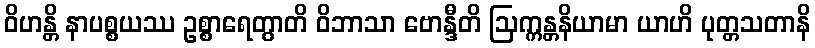
ဝိဟန္တိ နာပစ္စယဿ ဥစ္စာရေတွာတိ ဝိဘာသာ ဗောန္ဒီတိ ဩက္ကန္တနိယာမာ ယာဟိ ပုတ္တသတာနိ